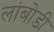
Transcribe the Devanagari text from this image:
लांबोडी